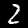
Digit: 2